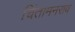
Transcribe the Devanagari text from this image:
चिंतामनराव